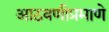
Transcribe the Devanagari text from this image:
आठवणीप्रमाणे